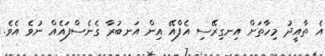
އެ ތާއީދު މިހާތަށް އިނގިރޭސި އެފްއޭ އިން އަނބުރާ ގެނެސްފައެއް ނުވެ އެވެ.